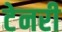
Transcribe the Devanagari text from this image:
टेनरी